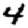
Digit: 4